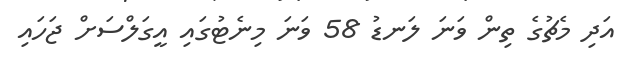
އަދި މެޗުގެ ތިން ވަނަ ލަނޑު 58 ވަނަ މިނެޓުގައި އީގަލްސަށް ޖަހައި